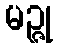
မဉ္ဇု